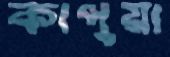
কাপুয়া